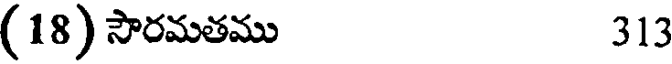
(18) సౌరమతము 313